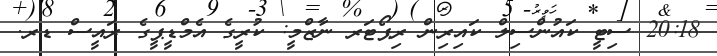
20:18 ސިޓީ ކައުންސިލް ކައިރިން ރިޕޯޓަރ ނާޒްމީ: ކުރީގެ އެމްޑީޕީގެ ރައީސް ޑރ.